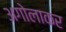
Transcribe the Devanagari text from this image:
अगोलाकर